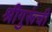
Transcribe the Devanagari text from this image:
श्रीगुरूंची